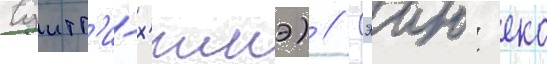
Суитт'и-х'имэ) // Сэию: еко